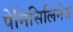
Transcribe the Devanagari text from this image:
पेनिसिलिनेज